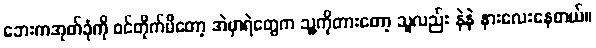
ဘေးကအုတ်ခုံကို ဝင်တိုက်မိတော့ အဲမှာရဲတွေက သူ့ကိုတားတော့ သူလည်း နဲနဲ နားလေးနေတယ်။